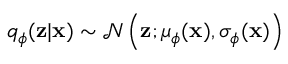
q _ { \phi } ( \mathbf { z } | \mathbf { x } ) \sim \mathcal { N } \left( \mathbf { z } ; \mu _ { \phi } ( \mathbf { x } ) , \sigma _ { \phi } ( \mathbf { x } ) \right)